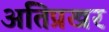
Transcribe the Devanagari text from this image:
अतिप्रखर